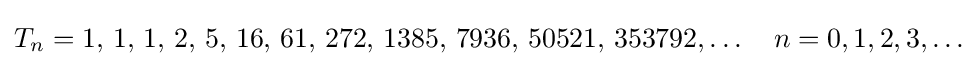
T_{n}=1,\,1,\,1,\,2,\,5,\,16,\,61,\,272,\,1385,\,7936,\,50521,\,353792,\ldots \quad n=0,1,2,3,\ldots